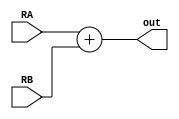
// Spencer Dugas
// Andrew Doucet

//Adder Module to Add RB to RA

module ADD (RA, RB, out);
	input [15:0] RA, RB;
	output [15:0] out;

	assign out = RA + RB;	

endmodule